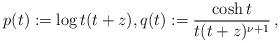
LaTeX: \begin{align*} p(t) := \log t (t + z), q(t) := \frac{\cosh t}{t(t+z)^{\nu+1}} \, ,\end{align*}